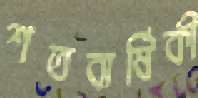
শতবার্ষিকী